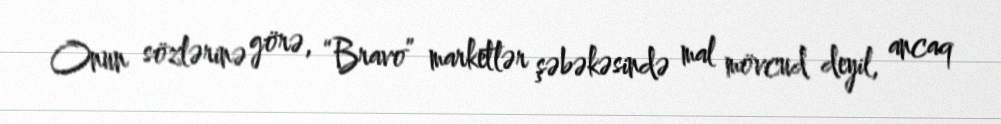
Onun sözlərinə görə, “Bravo” marketlər şəbəkəsində mal mövcud deyil, ancaq